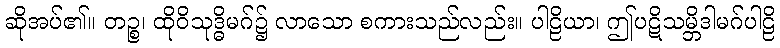
ဆိုအပ်၏။ တဉ္စ၊ ထိုဝိသုဒ္ဓိမဂ်၌ လာသော စကားသည်လည်း။ ပါဠိယာ၊ ဤပဋိသမ္ဘိဒါမဂ်ပါဠိ